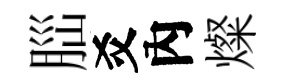
𦛁爻內燦